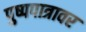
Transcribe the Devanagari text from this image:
पुष्पपात्रावर